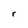
Character: r